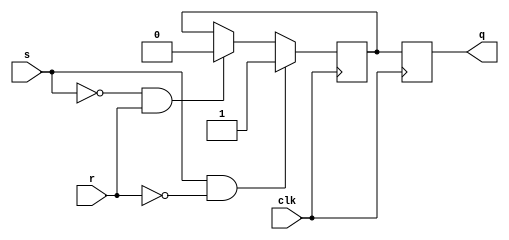
module sr_master_slave_ff (
    input wire s,
    input wire r,
    input wire clk,
    output reg q
);

reg q_master, q_slave;

always @(posedge clk) begin
    if (s && !r)
        q_master <= 1'b1;
    else if (!s && r)
        q_master <= 1'b0;
end

always @(negedge clk) begin
    q_slave <= q_master;
end

assign q = q_slave;

endmodule